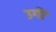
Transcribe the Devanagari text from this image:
उगीं